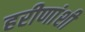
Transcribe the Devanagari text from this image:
हरीणांशी